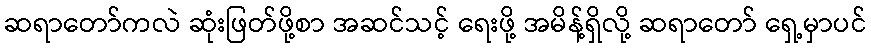
ဆရာတော်ကလဲ ဆုံးဖြတ်ဖို့စာ အဆင်သင့် ရေးဖို့ အမိန့်ရှိလို့ ဆရာတော် ရှေ့မှာပင်